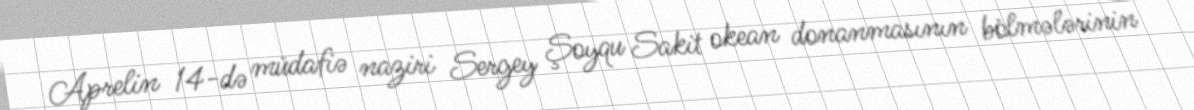
Aprelin 14-də müdafiə naziri Sergey Şoyqu Sakit okean donanmasının bölmələrinin